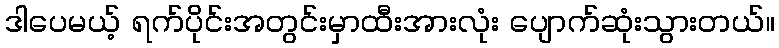
ဒါပေမယ့် ရက်ပိုင်းအတွင်းမှာထီးအားလုံး ပျောက်ဆုံးသွားတယ်။